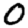
Digit: 0